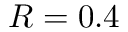
R = 0 . 4